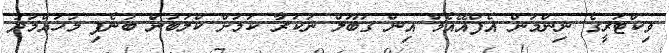
ވިކްޓަރީގެ ނިންމުން އެފްއޭއެމް އިން ގަބޫލް ނުކުރާ ކަމަށް ކްލަބުން ބުނެފި މުހައްމަދު